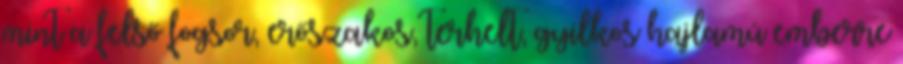
mint a felső fogsor, erőszakos, terhelt, gyilkos hajlamú emberre